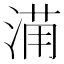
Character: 𱧒